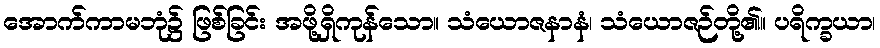
အောက်ကာမဘုံ၌ ဖြစ်ခြင်း အဖို့ရှိကုန်သော။ သံယောဇနာနံ၊ သံယောဇဉ်တို့၏။ ပရိက္ခယာ၊